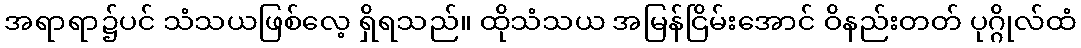
အရာရာ၌ပင် သံသယဖြစ်လေ့ ရှိရသည်။ ထိုသံသယ အမြန်ငြိမ်းအောင် ဝိနည်းတတ် ပုဂ္ဂိုလ်ထံ